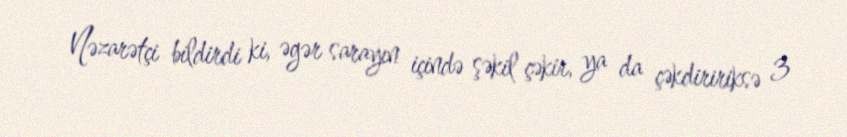
Nəzarətçi bildirdi ki, əgər sarayın içində şəkil çəkir, ya da çəkdiririksə 3